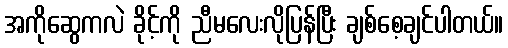
အကိုဆွေကလဲ ခိုင့်ကို ညီမလေးလိုပြန်ပြီး ချစ်စေ့ချင်ပါတယ်။